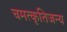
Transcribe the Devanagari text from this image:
चमत्कृतिजन्य